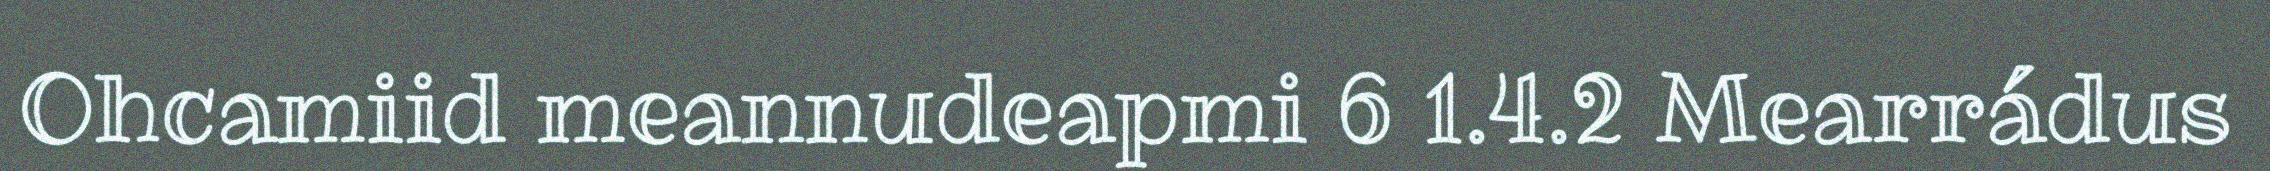
Ohcamiid meannudeapmi 6 1.4.2 Mearrádus